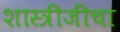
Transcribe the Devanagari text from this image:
शास्त्रीजींचा